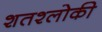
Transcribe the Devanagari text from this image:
शतश्लोकी